Annual statistical returns and brief notes on vaccination in Bengal - 1896-1909
Year: 1896
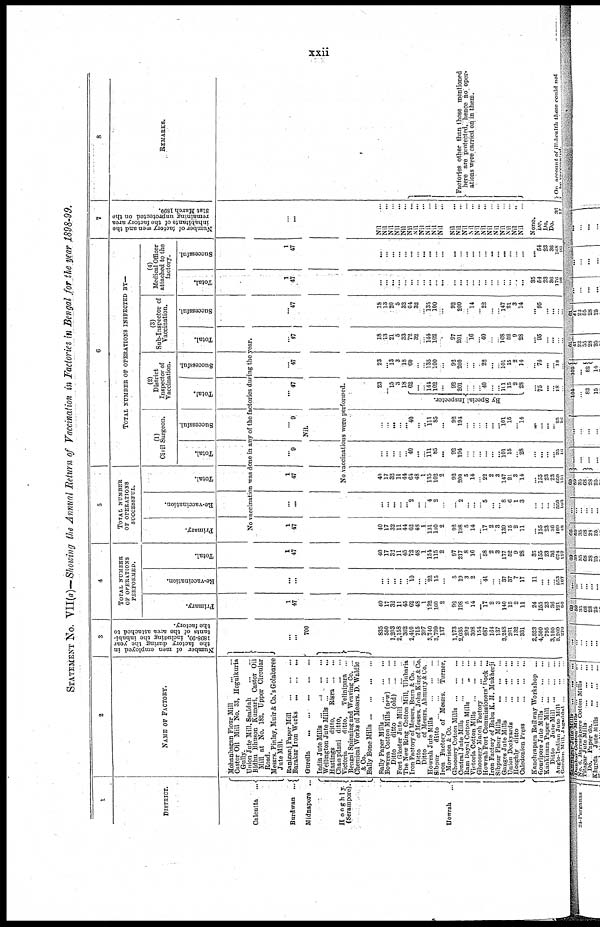
xxii
STATEMENT No. VII(a)—Showing the Annual Return of Vaccination in Factories in Bengal for the year 1898-99.
1
DISTRICT.
Calcutta
...
Burdwan
...
Midnapore ...
Hooghly.
(Serampore).
Howrah ...
2
NAME OF FACTORY.
Mohanbagan Flour Mill
...
...
Castor Oil Mill No. 33, Hogulkuria
Gully.
Union Jute Mill, Sealdah
...
...
Bidhu Bhuson Kumari, Castor Oil
Mill at No. 182, Upper Circular
Road.
Messrs. Pinlay, Muir & Co.'s Golabaree
Jute Mill.
Raniganj Paper Mill
...
...
...
Barakar Iron Works
...
...
...
Gurella
...
...
...
...
...
India Jute Mills ... ... ... ... ...
Wellington Jute Mills
...
...
Hastings
ditto,
Risra
...
...
Champdani ditto,
...
...
Victoria
ditto,
Telinipara ...
Bengal Spinning and Weaving Co. ...
Chemical Works of Messrs. D. Waldie
&Co.
Bally Bone Mills ... ... ... ... ...
Rally Paper Mills
...
...
...
...
Bowrea Cotton Mills (new) ...
Ditto
ditto
(old)
...
...
Fort Gloster Jute Mill
...
...
...
The New Ring Cotton Mill, Ulnbaria
Iron Factory of Messrs. Burn & Co. ...
Ditto
of Messrs. John King & Co.
Ditto
of Messrs. Annuity & Co.
Howrah Jute Mills
...
...
...
Sibpur
ditto
...
...
...
...
Iron Factory of Messrs.
Turner,
Morrison & Co.
Ghoosery Cotton Mills
...
...
...
Central Jute Mills ... ... ...
Ram Doyal Cotton Mills ... ...
Victoria Cotton Mills
...
...
...
Ghoosery Match Factory
...
...
Howrah Port Commissioners' Dock ...
Iron Factory of Babu K. M. Mukherji
Sibpur Flour Mills
...
...
...
Ganges Jute Mills ... ... ...
Union Dockyards
...
...
...
Hooghly ditto
...
...
...
Caledonion Press
...
...
...
Kanchrapara Railway Workshop ...
Gouripore Jute Mills
...
...
...
KanKinara Paper Mill
...
...
...
Ditto
Jute Mill
...
...
...
Anglo-Indian Jute Mill
...
...
Gordon Mill. Jagaddal
...
...
...
3
Number of men employed in
the factory during the year
1898-99, including the inhabi-
tants of the area attached to
the factory.
4
TOTAL NUMBER
OF OPERATIONS
PERFORMED.
Primary.
Re-vaccination.
Total.
5
TOTAL NUMBER
OF OPERATIONS
SUCCESSFUL.
Primary.
Re-vaccination.
Total.
6
TOTAL NUMBER OF OPERATIONS INSPECTED BY—
(1)
Civil Surgeon.
Total.
Successful.
(2)
District
Inspector of
Vaccination.
Total.
Successful
(3)
Sub-Inspector of
Vaccination.
Total.
Successful.
(4)
Medical Officer
attached to the
factory.
Total.
Successful.
7
Number of factory men and the
inhabitants of the factory area
remaining unprotected on the
31st March 1899.
No vaccination was done in any of the factories during the year.
...
...
700
1
47
...
...
1
47
1
47
...
...
1
47
...
9
...
9
Nil.
...
47
...
47
...
47
...
47
1
47
1
47
...
...
No vaccinations were performed.
835
550
1,203
2,158
302
2,410
715
207
3,740
3,799
137
1,173
2,035
292
398
154
687
164
137
3,248
261
132
331
2,523
4,500
795
3,100
3,269
270
40
17
32
11
45
62
48
1
132
100
2
92
198
5
14
...
17
2
3
140
15
2
11
24
155
23
36
121
50
...
...
...
... ...
10
...
...
22
15
...
5
19
3
2
...
41
...
... 37
37
7
17
11
...
...
...
553
107
40
17
32
11
45
72
48
1
154
115
2
97
217
8
16
...
58
2
3
177
52
9
28
35
155
23
36
674
157
40
17
32
11
44
62
48
1
131
100
2
92
198
5
14
...
17
2
3
139
15
2
11
...
155
23
36
109
48
...
...
...
...
...
2
...
...
4
2
...
... 2
...
...
...
5
...
...
8
6
1
3
...
...
...
...
550
103
40
17
32
11
44
64
48
1
135
102
2
92
200
5
14
...
22
2
3
147
21
3
14
...
155
23
23
659
151
...
...
...
...
...
40
...
...
111
85
...
92
194
...
...
...
...
...
...
101
15
...
28
...
...
...
...
25
16
...
...
...
...
...
40
...
...
111
85
...
92
194
...
...
...
...
...
...
101
15
...
14
...
...
...
...
25
16
23
...
15
3
18
By Special Inspector.
62
...
...
144
102
...
92
201
...
...
...
40
...
...
101
15
2
28
...
75
...
...
18 ...
23
...
13
3
18
60
...
...
135
100
...
92
200
...
...
...
22
...
...
101
15
2
14
...
74
...
...
13
...
18
13
21
5
33
72
32
...
144
102
...
97
201
...
16
...
40
...
...
168
52
9
28
...
95
...
...
...
...
18
13
20
5
32
64
32
... 135
100
...
92
100
...
14
...
22
...
...
147
21
3
14
...
95
......
...
...
...
...
...
...
...
...
...
...
...
...
...
...
...
...
...
...
... ...
...
...
...
...
...
...
35
54
23
36
176
98
...
...
...
...
...
...
...
...
...
...
...
...
...
...
...
...
...
...
...
...
...
...
...
...
54
23
36
168
93
Nil ...
Nil ...
Nil ...
Nil ...
Nil ...
Nil ...
Nil ...
Nil ...
Nil ...
Nil ...
Nil ...
Nil ...
Nil ...
Nil ...
Nil ...
Nil ...
Nil ...
Nil ...
Nil ...
Nil ...
Nil ...
Nil ...
Nil ...
None.
Do.
Do.
Do.
36
17
8
REMARKS.
Factories other than those mentioned
here are protected, hence no oper-
ations were carried on in them.
On account of ill-health these could not
be vaccinated